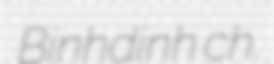
Binhdinh ch.